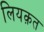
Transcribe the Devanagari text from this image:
लियक़त